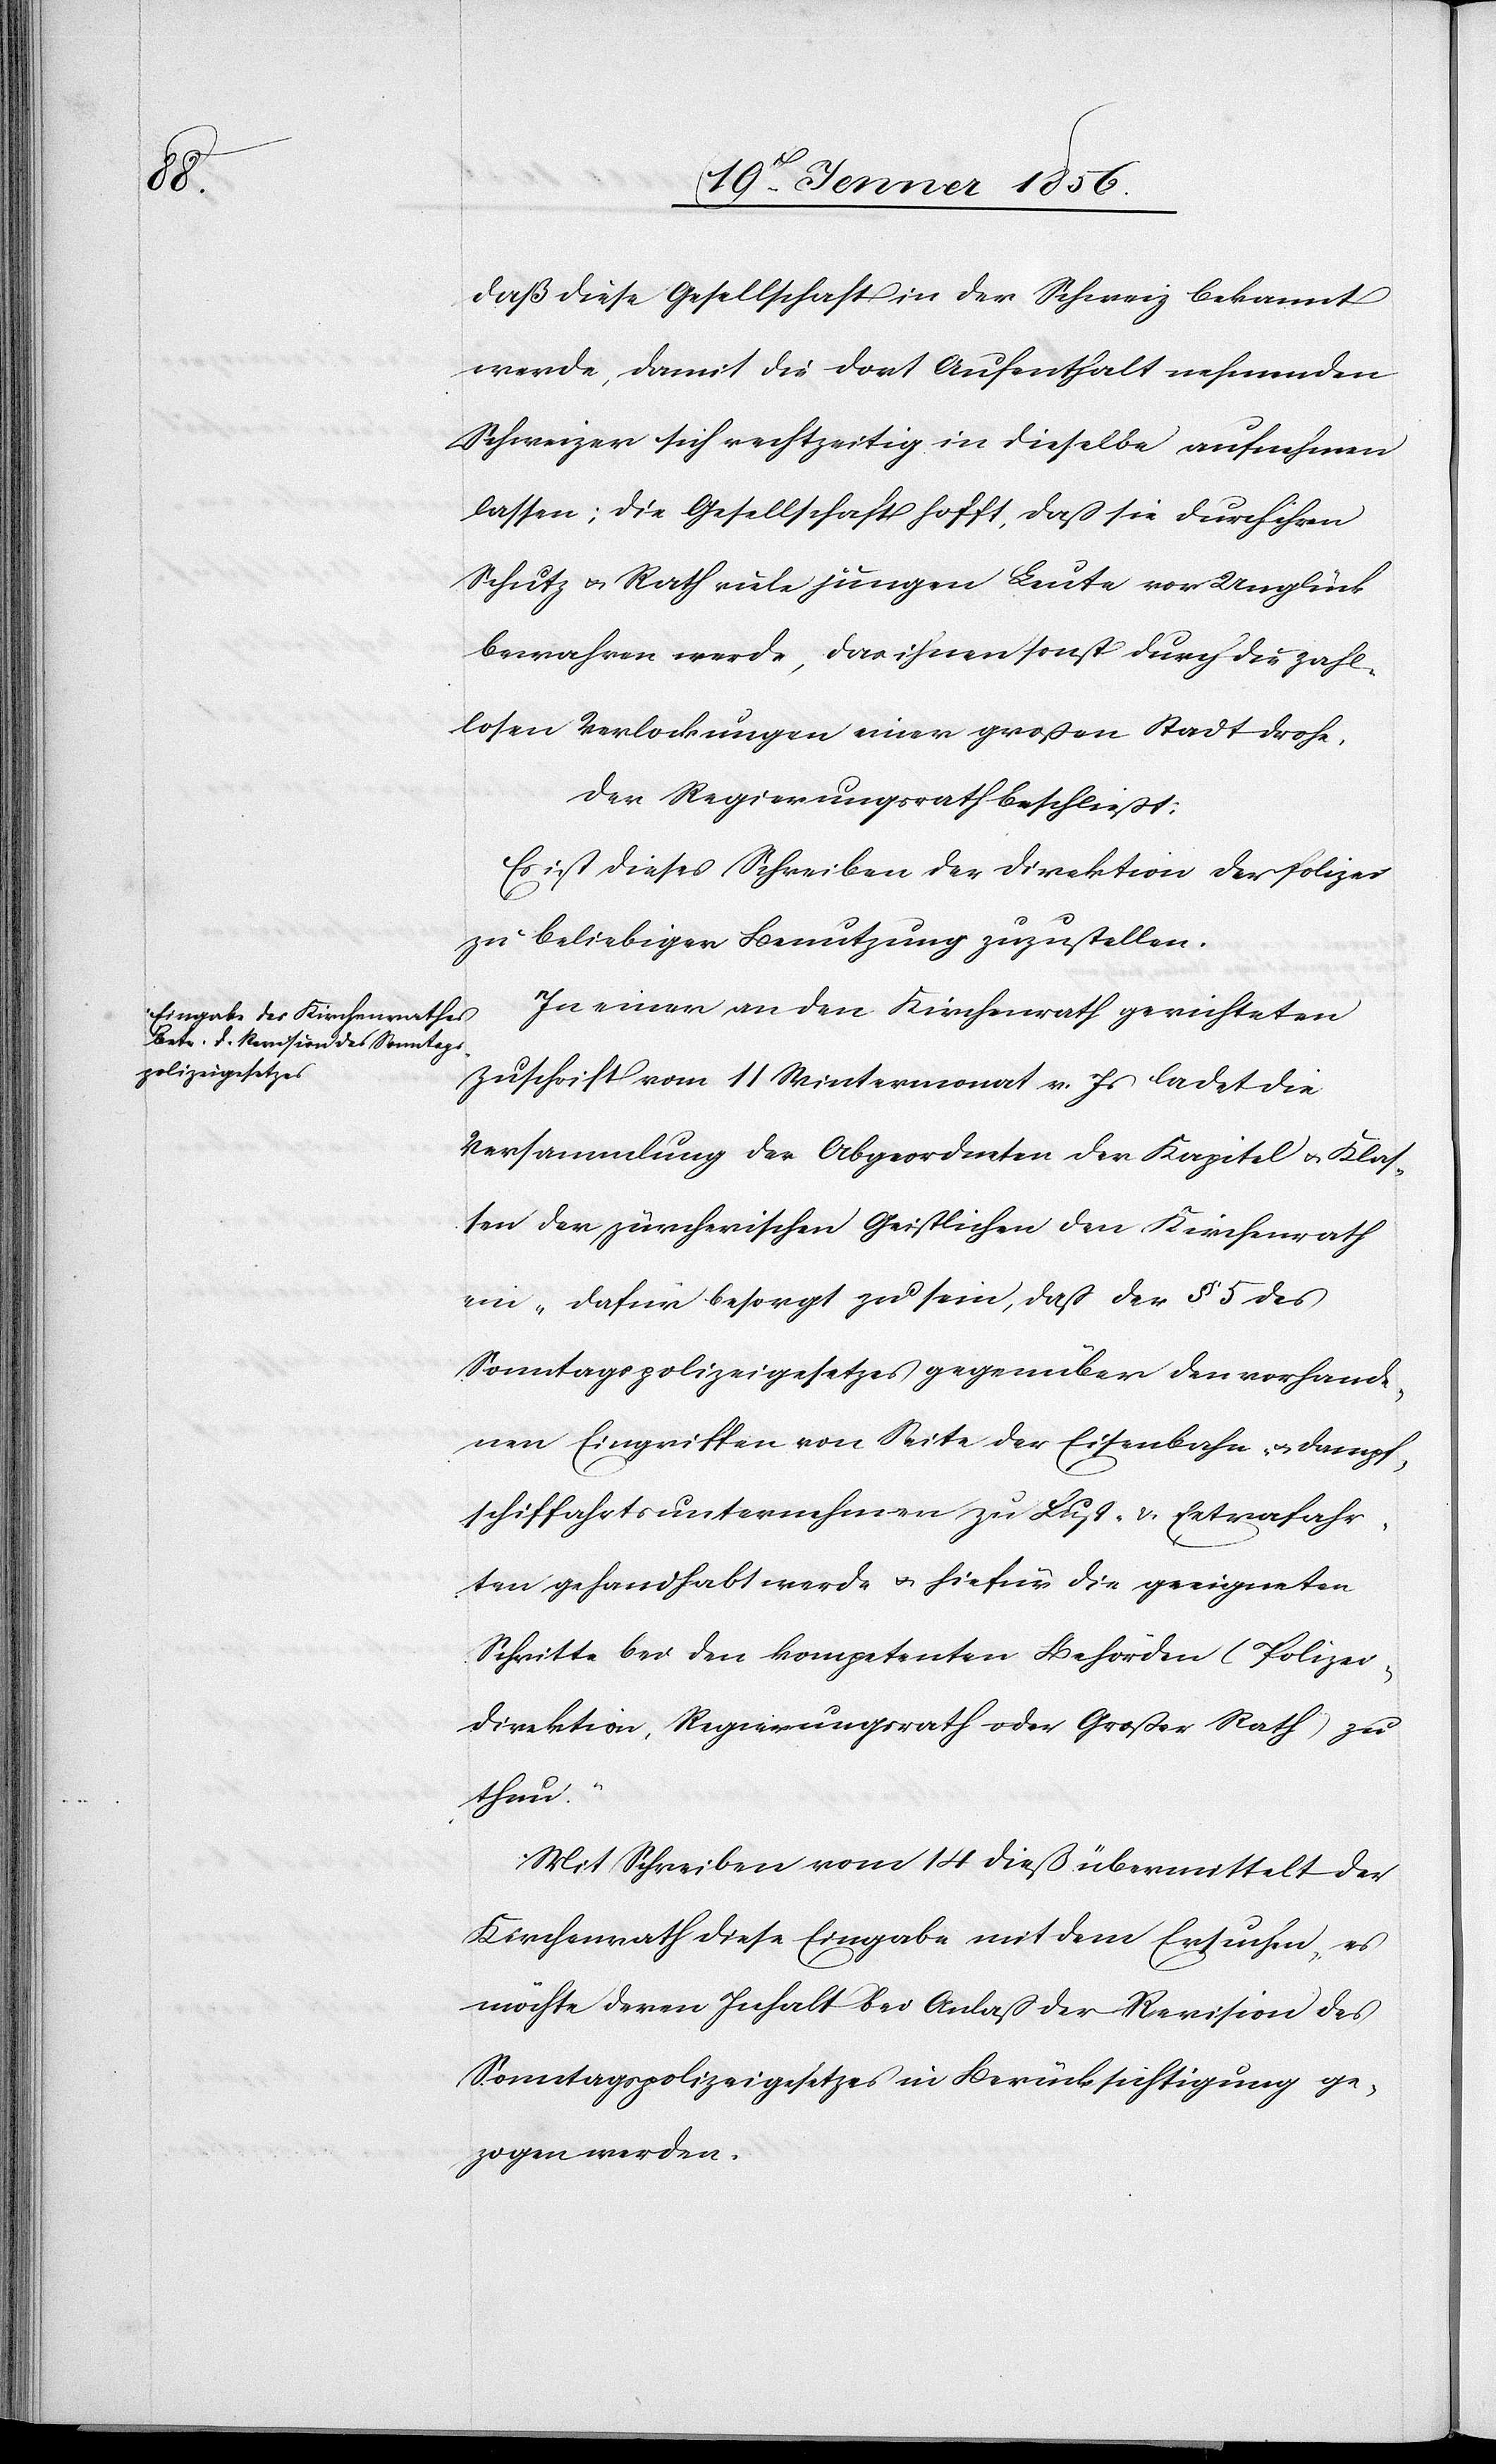
daß diese Gesellschaft in der Schweiz bekannt
werde, damit die dort Aufenthalt nehmenden
Schweizer sich rechtzeitig in dieselbe aufnehmen
lassen; die Gesellschaft hofft, daß sie durch ihren
Schutz u. Rath viele jungen Leute vor Unglück
bewahren werde, das ihnen sonst durch die zahl¬
losen Verlockungen einer großen Stadt drohe.
Der Regierungsrath beschließt:
Es ist dieses Schreiben der Direktion der Polizei
zu beliebiger Benutzung zuzustellen.
In einer an den Kirchenrath gerichteten
Zuschrift vom 11 Wintermonat v. Js ladet die
Versammlung der Abgeordneten der Kapitel u. Klas¬
sen der zürcherischen Geistlichen den Kirchenrath
ein „dafür besorgt zu sein, daß der § 5 des
Sonntagspolizeigesetzes gegenüber den vorhande¬
nen Eingriffen von Seite der Eisenbahn u. Dampf¬
schiffahrtsunternehmen zu Last- u. Extrafahr¬
ten gehandhabt werde u. hiefür die geeigneten
Schritte bei den kompetenten Behörden (Polizei¬
direktion, Regierungsrath oder Großer Rath) zu
thun.“
Mit Schreiben vom 14 dieß übermittelt der
Kirchenrat diese Eingabe mit dem Ersuchen, es
möchte deren Inhalt bei Anlaß der Revision des
Sonntagspolizeigesetzes in Berücksichtigung ge¬
zogen werden.